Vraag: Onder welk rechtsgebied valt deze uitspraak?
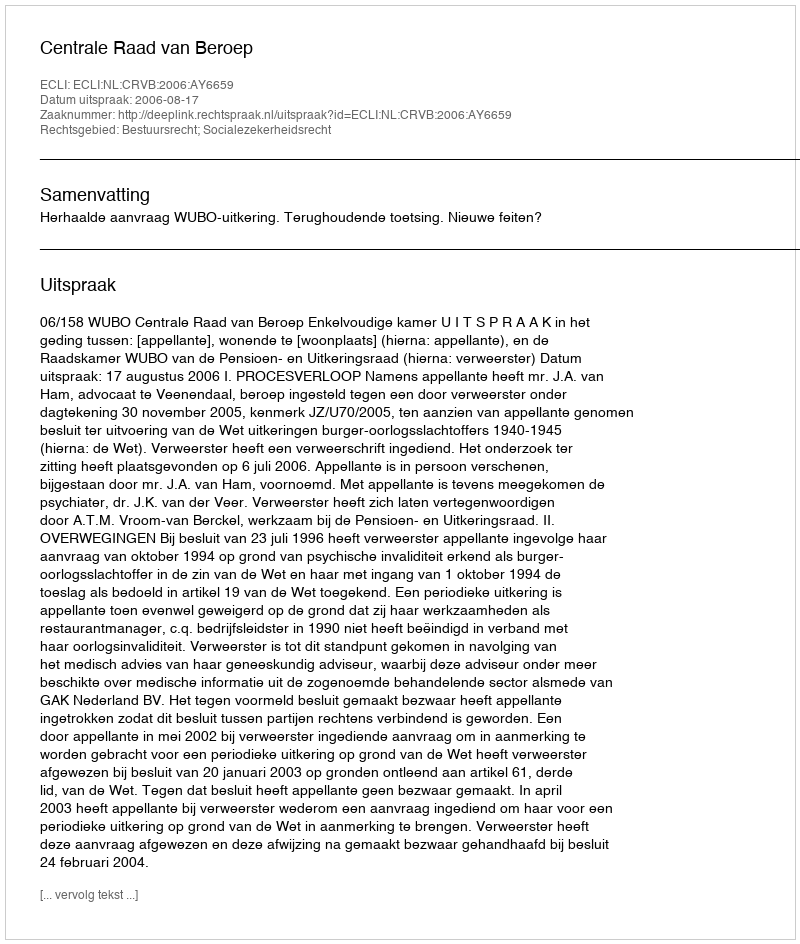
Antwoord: Bestuursrecht; Socialezekerheidsrecht